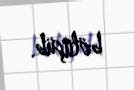
bölüşüb.